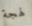
لهجة